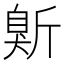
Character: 𱡭